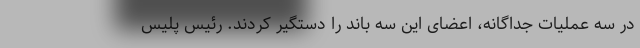
در سه عملیات جداگانه، اعضای این سه باند را دستگیر کردند. رئیس پلیس